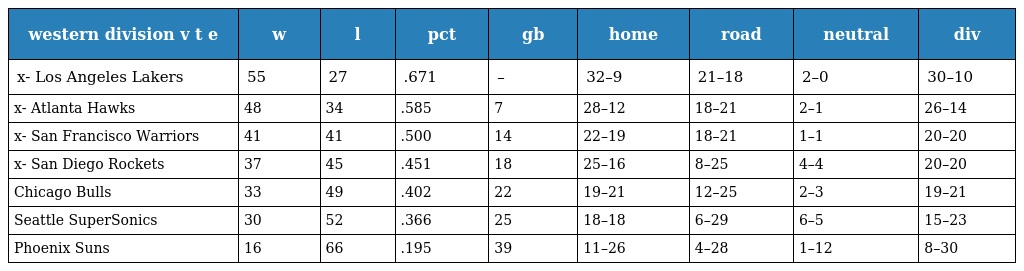
| western division v t e | w | l | pct | gb | home | road | neutral | div |
 | --- | --- | --- | --- | --- | --- | --- | --- | --- |
 | x- Los Angeles Lakers | 55 | 27 | .671 | – | 32–9 | 21–18 | 2–0 | 30–10 |
 | x- Atlanta Hawks | 48 | 34 | .585 | 7 | 28–12 | 18–21 | 2–1 | 26–14 |
 | x- San Francisco Warriors | 41 | 41 | .500 | 14 | 22–19 | 18–21 | 1–1 | 20–20 |
 | x- San Diego Rockets | 37 | 45 | .451 | 18 | 25–16 | 8–25 | 4–4 | 20–20 |
 | Chicago Bulls | 33 | 49 | .402 | 22 | 19–21 | 12–25 | 2–3 | 19–21 |
 | Seattle SuperSonics | 30 | 52 | .366 | 25 | 18–18 | 6–29 | 6–5 | 15–23 |
 | Phoenix Suns | 16 | 66 | .195 | 39 | 11–26 | 4–28 | 1–12 | 8–30 |